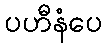
ပဟီနံပေ